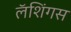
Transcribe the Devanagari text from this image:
लॅशिंगस